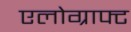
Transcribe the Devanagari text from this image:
एलोग्राफ्ट